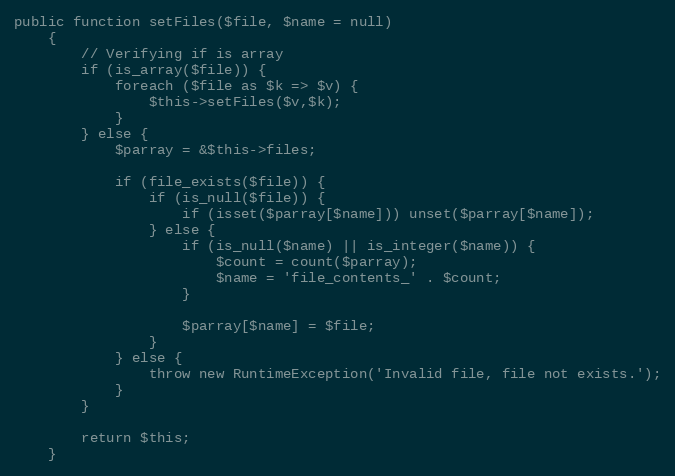
Language: PHP
public function setFiles($file, $name = null)
	{
		// Verifying if is array
		if (is_array($file)) {
			foreach ($file as $k => $v) {
				$this->setFiles($v,$k);
			}
		} else {
			$parray = &$this->files;

			if (file_exists($file)) {
				if (is_null($file)) {
					if (isset($parray[$name])) unset($parray[$name]);
				} else {
					if (is_null($name) || is_integer($name)) {
						$count = count($parray);
						$name = 'file_contents_' . $count;
					}

					$parray[$name] = $file;
				}
			} else {
				throw new RuntimeException('Invalid file, file not exists.');
			}
		}

		return $this;
	}